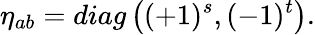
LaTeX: \eta_{ab}=diag\left((+1)^{s},(-1)^{t}\right).